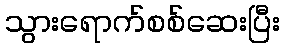
သွားရောက်စစ်ဆေးပြီး